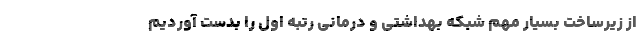
از زیرساخت بسیار مهم شبکه بهداشتی و درمانی رتبه اول را بدست آوردیم